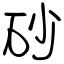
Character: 砂